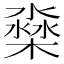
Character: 𣛁